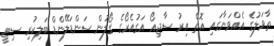
ތާވަލުގެ އެއްވަނާގައި އޮތް އިރު ސާޖިއޯ އަގުއެރޯގެ ގޯލުން ސަންޑަލޭންޑް ބަލިކުރި ސިޓީ